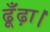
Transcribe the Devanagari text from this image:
ढूँढ़ा।